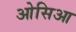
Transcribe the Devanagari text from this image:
ओसिआ